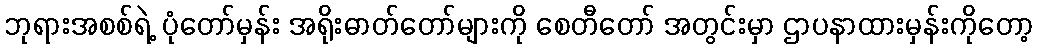
ဘုရားအစစ်ရဲ့ ပုံတော်မှန်း အရိုးဓာတ်တော်များကို စေတီတော် အတွင်းမှာ ဌာပနာထားမှန်းကိုတော့